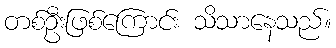
တစ်ဦးဖြစ်ကြောင်း သိသာနေသည်။